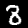
Label: 8